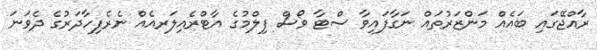
ރާއްޖޭގައި ބައެއް މަންޒަރުތައް ނަގާފައިވާ ސްޓާ ވޯސް ފިލްމުގެ އާޓްރެއިލަރއެއް ނެރެފިހާދަރުގެ ދެވަނަ